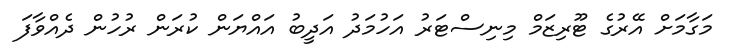
މަގާމަށް އޭރުގެ ޓޫރިޒަމް މިނިސްޓަރު އަހުމަދު އަދީބު އައްޔަން ކުރަން ރުހުން ދެއްވާފަ